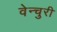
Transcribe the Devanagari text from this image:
वेन्चुरी